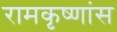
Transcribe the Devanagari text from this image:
रामकृष्णांस